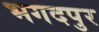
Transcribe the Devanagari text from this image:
भगदपुर